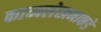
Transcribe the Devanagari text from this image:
काव्यलेखनाकडे